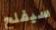
سيفلح